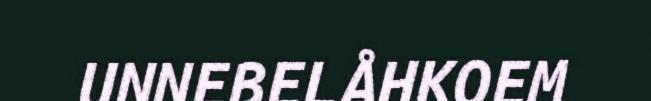
UNNEBELÅHKOEM